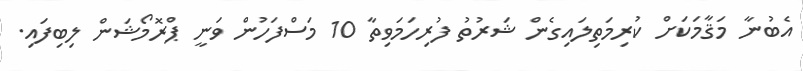
އެބުނާ މަޤާމަކަށް ކުރިމަތިލައިގެން ޝަރުތު ފުރިހަމަވިތާ 10 މަސްފަހުން ވަނީ ޕްރޮމޯޝަން ލިބިފައި.